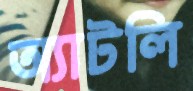
অ্যাটলি